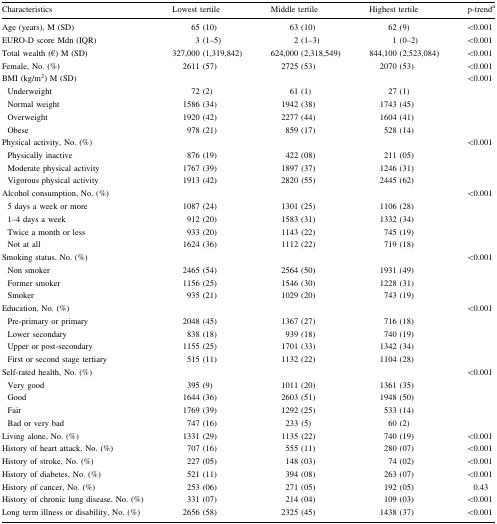
<table><thead><tr><td><b>Characteristics</b></td><td><b>Lowest tertile</b></td><td><b>Middle tertile</b></td><td><b>Highest tertile</b></td><td><b>p-trend<sup>a</sup></b></td></tr></thead><tbody><tr><td>Age (years), M (SD)</td><td>65 (10)</td><td>63 (10)</td><td>62 (9)</td><td>&lt;0.001</td></tr><tr><td>EURO-D score Mdn (IQR)</td><td>3 (1–5)</td><td>2 (1–3)</td><td>1 (0–2)</td><td>&lt;0.001</td></tr><tr><td>Total wealth (€) M (SD)</td><td>327,000 (1,319,842)</td><td>624,000 (2,318,549)</td><td>844,100 (2,523,084)</td><td>&lt;0.001</td></tr><tr><td>Female, No. (%)</td><td>2611 (57)</td><td>2725 (53)</td><td>2070 (53)</td><td>&lt;0.001</td></tr><tr><td>BMI (kg/m<sup>2</sup>) M (SD)</td><td></td><td></td><td></td><td>&lt;0.001</td></tr><tr><td> Underweight</td><td>72 (2)</td><td>61 (1)</td><td>27 (1)</td><td></td></tr><tr><td> Normal weight</td><td>1586 (34)</td><td>1942 (38)</td><td>1743 (45)</td><td></td></tr><tr><td> Overweight</td><td>1920 (42)</td><td>2277 (44)</td><td>1604 (41)</td><td></td></tr><tr><td> Obese</td><td>978 (21)</td><td>859 (17)</td><td>528 (14)</td><td></td></tr><tr><td>Physical activity, No. (%)</td><td></td><td></td><td></td><td>&lt;0.001</td></tr><tr><td> Physically inactive</td><td>876 (19)</td><td>422 (08)</td><td>211 (05)</td><td></td></tr><tr><td> Moderate physical activity</td><td>1767 (39)</td><td>1897 (37)</td><td>1246 (31)</td><td></td></tr><tr><td> Vigorous physical activity</td><td>1913 (42)</td><td>2820 (55)</td><td>2445 (62)</td><td></td></tr><tr><td>Alcohol consumption, No. (%)</td><td></td><td></td><td></td><td>&lt;0.001</td></tr><tr><td> 5 days a week or more</td><td>1087 (24)</td><td>1301 (25)</td><td>1106 (28)</td><td></td></tr><tr><td> 1–4 days a week</td><td>912 (20)</td><td>1583 (31)</td><td>1332 (34)</td><td></td></tr><tr><td> Twice a month or less</td><td>933 (20)</td><td>1143 (22)</td><td>745 (19)</td><td></td></tr><tr><td> Not at all</td><td>1624 (36)</td><td>1112 (22)</td><td>719 (18)</td><td></td></tr><tr><td>Smoking status, No. (%)</td><td></td><td></td><td></td><td>&lt;0.001</td></tr><tr><td> Non smoker</td><td>2465 (54)</td><td>2564 (50)</td><td>1931 (49)</td><td></td></tr><tr><td> Former smoker</td><td>1156 (25)</td><td>1546 (30)</td><td>1228 (31)</td><td></td></tr><tr><td> Smoker</td><td>935 (21)</td><td>1029 (20)</td><td>743 (19)</td><td></td></tr><tr><td>Education, No. (%)</td><td></td><td></td><td></td><td>&lt;0.001</td></tr><tr><td> Pre-primary or primary</td><td>2048 (45)</td><td>1367 (27)</td><td>716 (18)</td><td></td></tr><tr><td> Lower secondary</td><td>838 (18)</td><td>939 (18)</td><td>740 (19)</td><td></td></tr><tr><td> Upper or post-secondary</td><td>1155 (25)</td><td>1701 (33)</td><td>1342 (34)</td><td></td></tr><tr><td> First or second stage tertiary</td><td>515 (11)</td><td>1132 (22)</td><td>1104 (28)</td><td></td></tr><tr><td>Self-rated health, No. (%)</td><td></td><td></td><td></td><td>&lt;0.001</td></tr><tr><td> Very good</td><td>395 (9)</td><td>1011 (20)</td><td>1361 (35)</td><td></td></tr><tr><td> Good</td><td>1644 (36)</td><td>2603 (51)</td><td>1948 (50)</td><td></td></tr><tr><td> Fair</td><td>1769 (39)</td><td>1292 (25)</td><td>533 (14)</td><td></td></tr><tr><td> Bad or very bad</td><td>747 (16)</td><td>233 (5)</td><td>60 (2)</td><td></td></tr><tr><td>Living alone, No. (%)</td><td>1331 (29)</td><td>1135 (22)</td><td>740 (19)</td><td>&lt;0.001</td></tr><tr><td>History of heart attack, No. (%)</td><td>707 (16)</td><td>555 (11)</td><td>280 (07)</td><td>&lt;0.001</td></tr><tr><td>History of stroke, No. (%)</td><td>227 (05)</td><td>148 (03)</td><td>74 (02)</td><td>&lt;0.001</td></tr><tr><td>History of diabetes, No. (%)</td><td>521 (11)</td><td>394 (08)</td><td>263 (07)</td><td>&lt;0.001</td></tr><tr><td>History of cancer, No. (%)</td><td>253 (06)</td><td>271 (05)</td><td>192 (05)</td><td>0.43</td></tr><tr><td>History of chronic lung disease, No. (%)</td><td>331 (07)</td><td>214 (04)</td><td>109 (03)</td><td>&lt;0.001</td></tr><tr><td>Long term illness or disability, No. (%)</td><td>2656 (58)</td><td>2325 (45)</td><td>1438 (37)</td><td>&lt;0.001</td></tr></tbody></table>